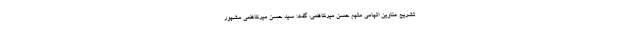
تشریح عناوین اتهامی متهم حسن میرکاظمی، گفت: سید حسن میرکاظمی مشهور